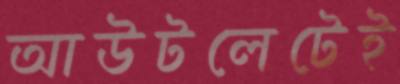
আউটলেটেই